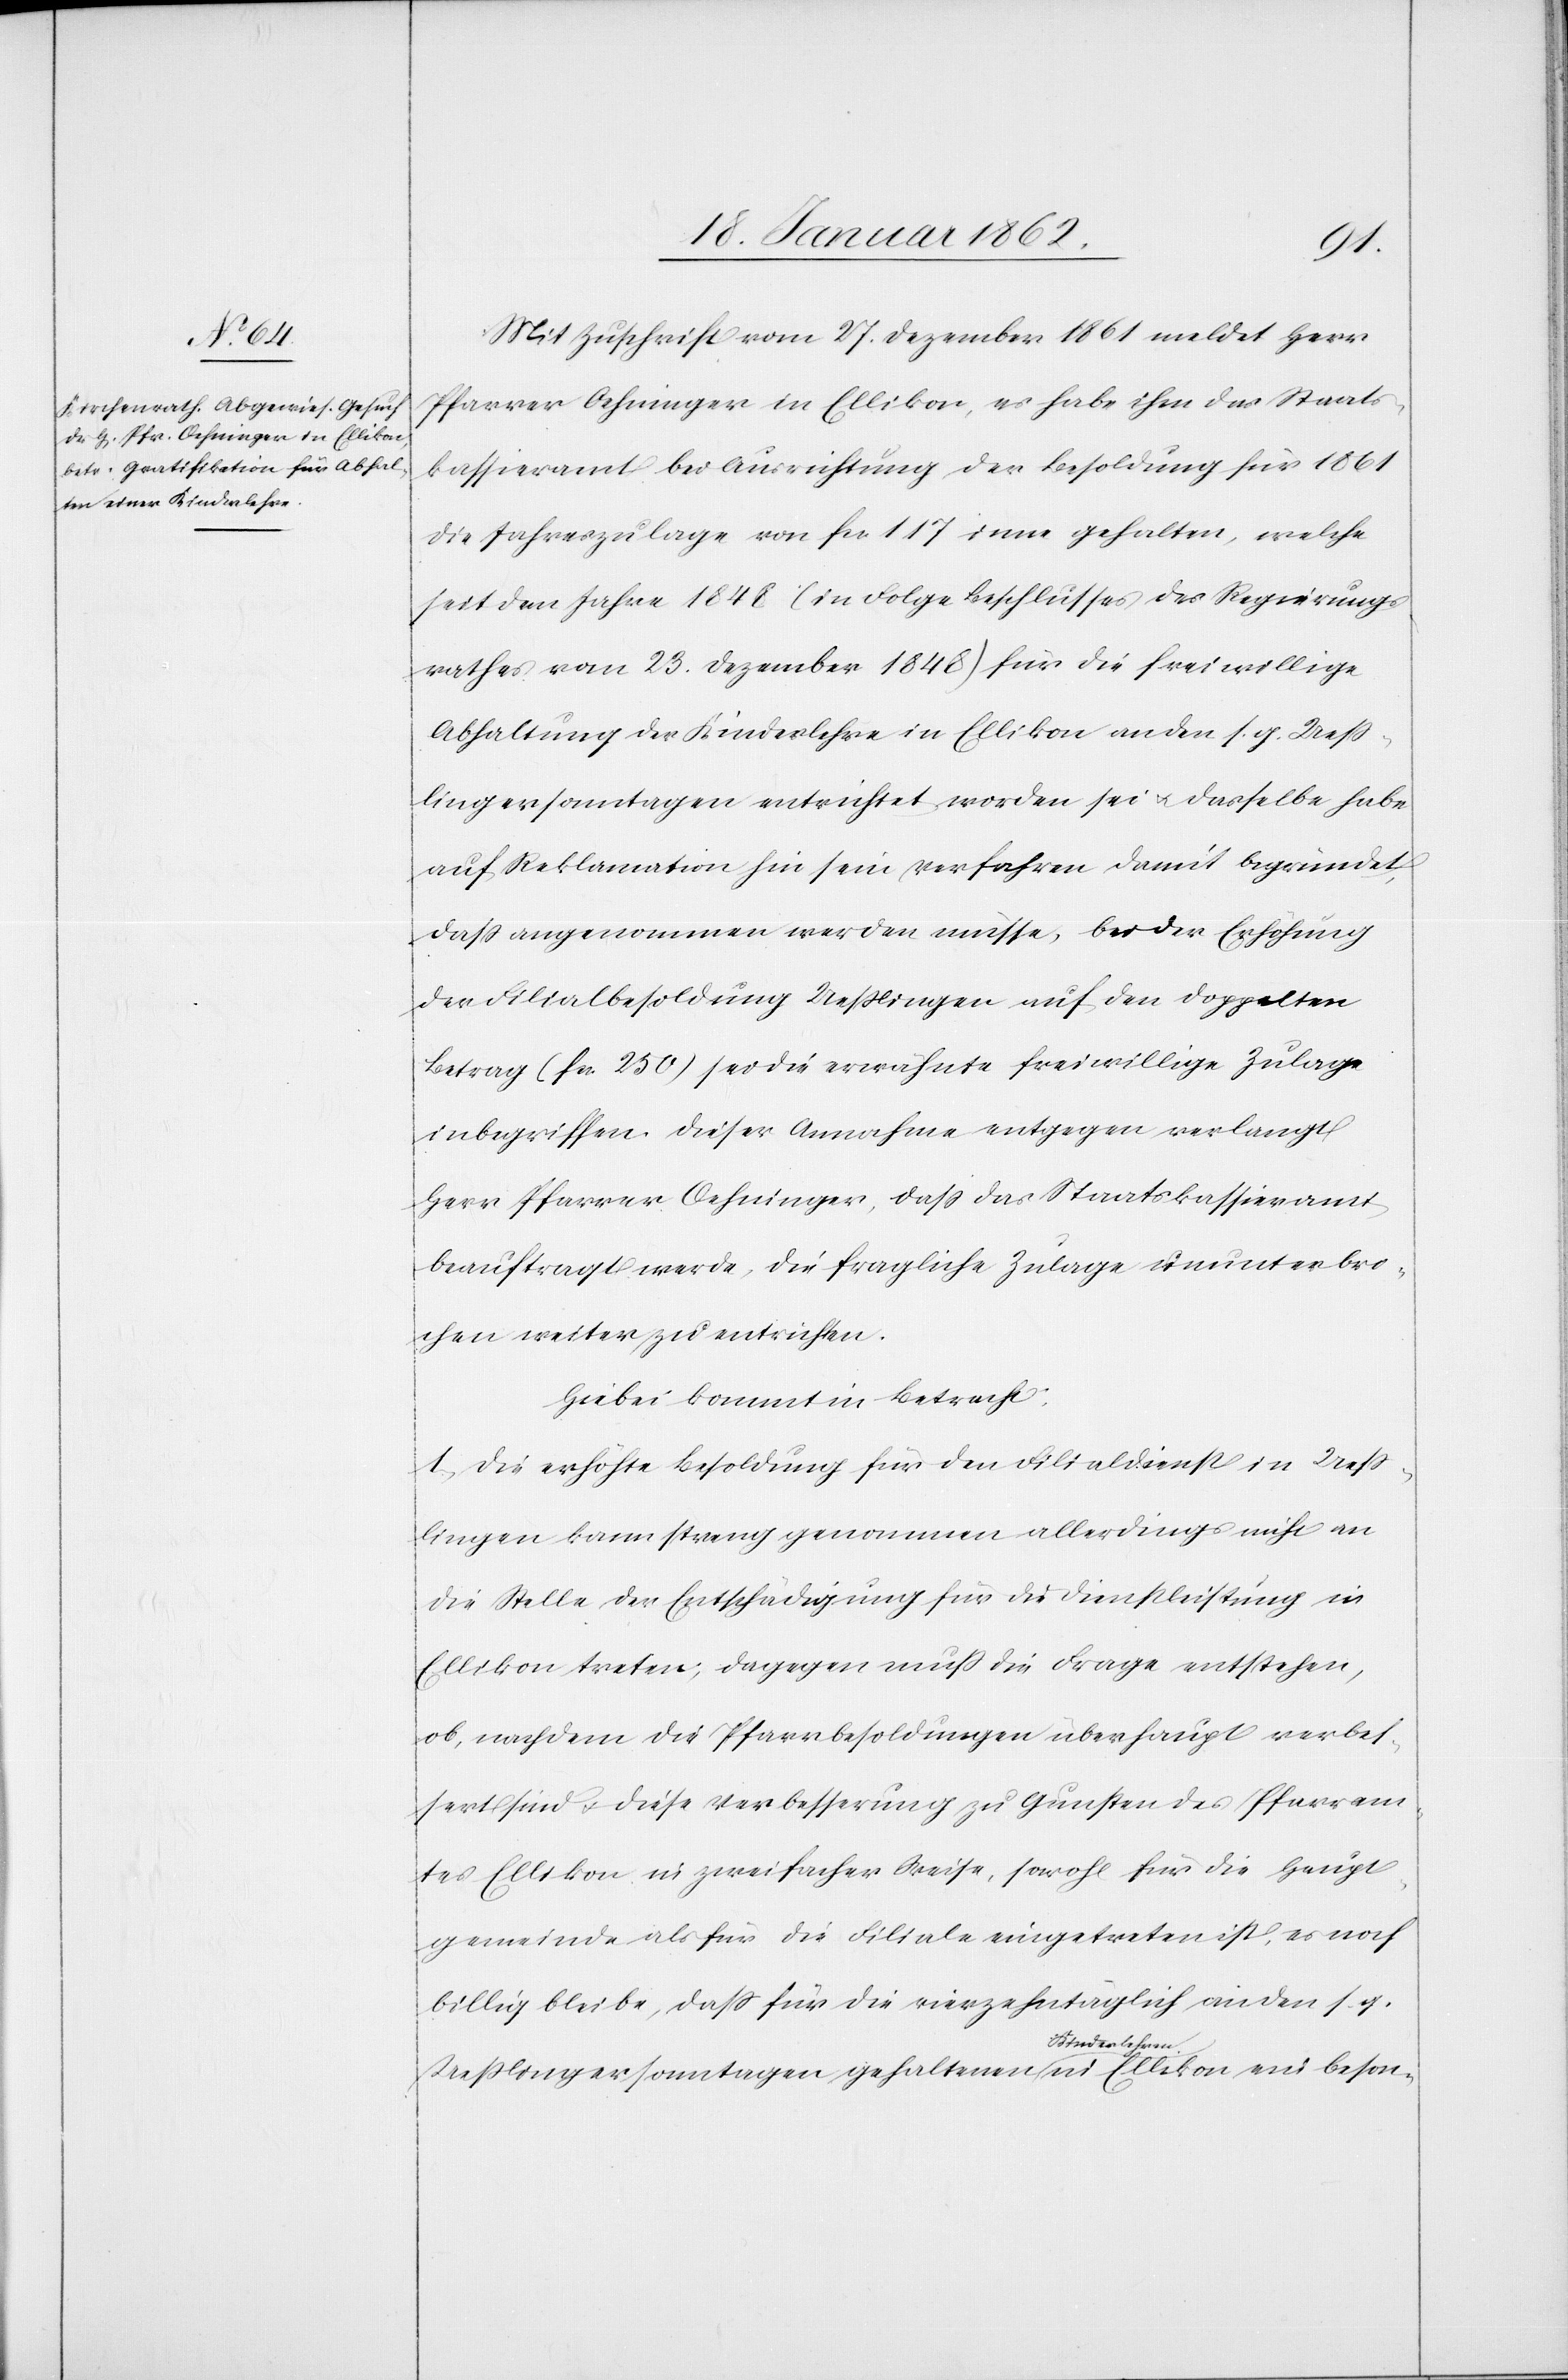
Mit Zuschrift vom 27. Dezember 1861 meldet Herr
Pfarrer Oehninger in Ellikon, es habe ihm das Staats¬
kassieramt bei Ausrichtung der Besoldung für 1861
die Jahreszulage von fcs. 117 inne gehalten, welche
seit dem Jahre 1848 (in Folge Beschlusses des Regierungs¬
rathes vom 23. Dezember 1848) für die freiwillige
Abhaltung der Kinderlehre in Ellikon an den s. g. Ueß¬
lingersonntagen entrichtet worden sei u. dasselbe habe
auf Reklamation hin sein Verfahren damit begründet,
daß angenommen werden müsse, bei der Erhöhung
der Filialbesoldung Ueßlingen auf den doppelten
Betrag (fcs. 250) sei die erwähnte freiwillige Zulage
inbegriffen. Dieser Annahme entgegen verlangt
Herr Pfarrer Oehninger, daß das Staatskassieramt
beauftragt werde, die fragliche Zulage ununterbro¬
chen weiter zu entrichten.
Hiebei kommt in Betracht:
1) Die erhöhte Besoldung für den Filialdienst in Ueß¬
lingen kann streng genommen allerdings nicht an
die Stelle der Entschädigung für die Dienstleistung in
Ellikon treten; dagegen muß die Frage entstehen,
ob, nachdem die Pfarrbesoldungen überhaupt verbes¬
sert sind u. diese Verbesserung zu Gunsten des Pfarram¬
tes Ellikon in zweifacher Weise, sowohl für die Haupt¬
gemeinde als für die Filiale eingtreten ist, es noch
billig bleibe, daß für die vierzehntäglich an den s. g.
Ueßlingersonntagen gehaltenen Kinderlehren in Ellikon ein beson-